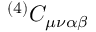
^ { ( 4 ) } C _ { \mu \nu \alpha \beta }